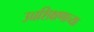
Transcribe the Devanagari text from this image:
उच्चशिक्षणाच्या